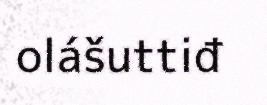
olášuttiđ